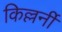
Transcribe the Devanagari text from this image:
किल्लर्नी